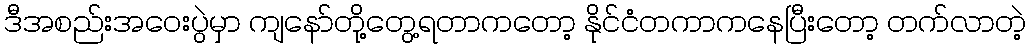
ဒီအစည်းအဝေးပွဲမှာ ကျနော်တို့တွေ့ရတာကတော့ နိုင်ငံတကာကနေပြီးတော့ တက်လာတဲ့